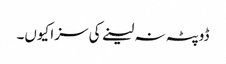
ڈوپٹہ نہ لینے کی سزا کیوں۔